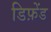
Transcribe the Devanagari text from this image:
डिफ़ेंड